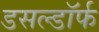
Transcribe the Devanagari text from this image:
डसल्डॉर्फ